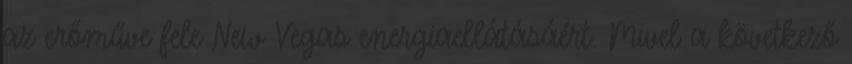
az erőműve fele New Vegas energiaellátásáért. Mivel a következő